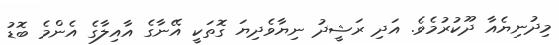
މިދުނިޔެއާ ދޫކުރުމެވެ. އަދި ރަޝީދު ނިޔާވެދިޔަ ގޮތަކީ އޭނާގެ އާއިލާގެ އެންމެ ބޮޑު